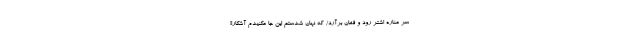
سر مناره اشتر رود و فغان برآرد/ که نهان شدستم این جا مکنیدم آشکارا!